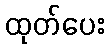
ထုတ်ပေး